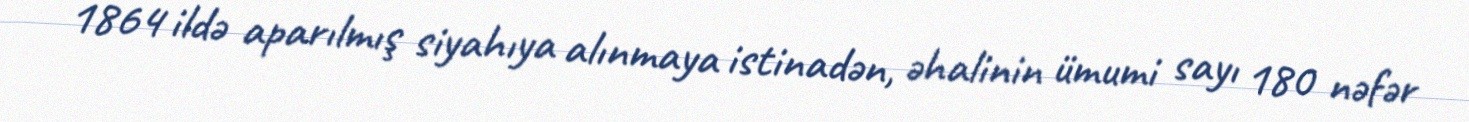
1864 ildə aparılmış siyahıya alınmaya istinadən, əhalinin ümumi sayı 180 nəfər